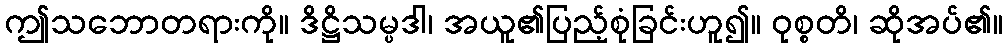
ဤသဘောတရားကို။ ဒိဋ္ဌိသမ္ပဒါ၊ အယူ၏ပြည့်စုံခြင်းဟူ၍။ ဝုစ္စတိ၊ ဆိုအပ်၏။